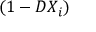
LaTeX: ( 1 - D X _ { i } )